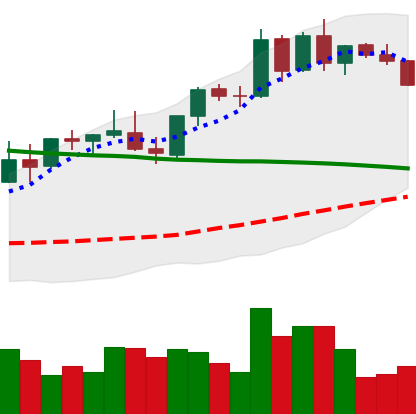
Ticker: BNB-USD
Chart end date: 2021-08-30
Forward return: 8.398%
Label: up_7plus